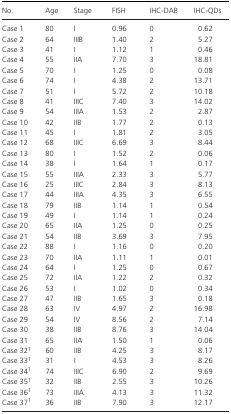
<table><thead><tr><td><b>No.</b></td><td><b>Age</b></td><td><b>Stage</b></td><td><b>FISH</b></td><td><b>IHC‐DAB</b></td><td><b>IHC‐QDs</b></td></tr></thead><tbody><tr><td>Case 1</td><td>80</td><td>I</td><td>0.96</td><td>0</td><td>0.62</td></tr><tr><td>Case 2</td><td>64</td><td>IIIB</td><td>1.40</td><td>2</td><td>5.27</td></tr><tr><td>Case 3</td><td>41</td><td>I</td><td>1.12</td><td>1</td><td>0.46</td></tr><tr><td>Case 4</td><td>55</td><td>IIA</td><td>7.70</td><td>3</td><td>18.81</td></tr><tr><td>Case 5</td><td>70</td><td>I</td><td>1.25</td><td>0</td><td>0.08</td></tr><tr><td>Case 6</td><td>74</td><td>I</td><td>4.38</td><td>2</td><td>13.71</td></tr><tr><td>Case 7</td><td>51</td><td>I</td><td>5.72</td><td>2</td><td>10.18</td></tr><tr><td>Case 8</td><td>41</td><td>IIIC</td><td>7.40</td><td>3</td><td>14.02</td></tr><tr><td>Case 9</td><td>54</td><td>IIIA</td><td>1.53</td><td>2</td><td>2.87</td></tr><tr><td>Case 10</td><td>42</td><td>IIB</td><td>1.77</td><td>2</td><td>0.13</td></tr><tr><td>Case 11</td><td>45</td><td>I</td><td>1.81</td><td>2</td><td>3.05</td></tr><tr><td>Case 12</td><td>68</td><td>IIIC</td><td>6.69</td><td>3</td><td>8.44</td></tr><tr><td>Case 13</td><td>80</td><td>I</td><td>1.52</td><td>2</td><td>0.06</td></tr><tr><td>Case 14</td><td>38</td><td>I</td><td>1.64</td><td>1</td><td>0.17</td></tr><tr><td>Case 15</td><td>55</td><td>IIIA</td><td>2.33</td><td>3</td><td>5.77</td></tr><tr><td>Case 16</td><td>25</td><td>IIIC</td><td>2.84</td><td>3</td><td>8.13</td></tr><tr><td>Case 17</td><td>44</td><td>IIIA</td><td>4.35</td><td>3</td><td>6.55</td></tr><tr><td>Case 18</td><td>79</td><td>IIB</td><td>1.14</td><td>1</td><td>0.54</td></tr><tr><td>Case 19</td><td>49</td><td>I</td><td>1.14</td><td>1</td><td>0.24</td></tr><tr><td>Case 20</td><td>65</td><td>IIA</td><td>1.25</td><td>0</td><td>0.25</td></tr><tr><td>Case 21</td><td>54</td><td>IIB</td><td>3.69</td><td>3</td><td>7.95</td></tr><tr><td>Case 22</td><td>88</td><td>I</td><td>1.16</td><td>0</td><td>0.20</td></tr><tr><td>Case 23</td><td>70</td><td>IIA</td><td>1.11</td><td>1</td><td>0.01</td></tr><tr><td>Case 24</td><td>64</td><td>I</td><td>1.25</td><td>0</td><td>0.67</td></tr><tr><td>Case 25</td><td>72</td><td>IIA</td><td>1.22</td><td>2</td><td>0.32</td></tr><tr><td>Case 26</td><td>53</td><td>I</td><td>1.02</td><td>0</td><td>0.34</td></tr><tr><td>Case 27</td><td>47</td><td>IIB</td><td>1.65</td><td>3</td><td>0.18</td></tr><tr><td>Case 28</td><td>63</td><td>IV</td><td>4.97</td><td>2</td><td>16.98</td></tr><tr><td>Case 29</td><td>54</td><td>IV</td><td>8.56</td><td>2</td><td>7.14</td></tr><tr><td>Case 30</td><td>38</td><td>IIB</td><td>8.76</td><td>3</td><td>14.04</td></tr><tr><td>Case 31</td><td>65</td><td>IIA</td><td>1.50</td><td>1</td><td>0.06</td></tr><tr><td>Case 32a</td><td>60</td><td>IIB</td><td>4.25</td><td>3</td><td>8.17</td></tr><tr><td>Case 33a</td><td>31</td><td>I</td><td>4.53</td><td>3</td><td>8.26</td></tr><tr><td>Case 34a</td><td>74</td><td>IIIC</td><td>6.90</td><td>2</td><td>9.69</td></tr><tr><td>Case 35a</td><td>32</td><td>IIB</td><td>2.55</td><td>3</td><td>10.26</td></tr><tr><td>Case 36a</td><td>73</td><td>IIIA</td><td>4.13</td><td>3</td><td>11.32</td></tr><tr><td>Case 37a</td><td>36</td><td>IIB</td><td>7.90</td><td>3</td><td>12.17</td></tr></tbody></table>